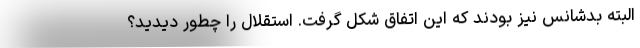
البته بدشانس نیز بودند که این اتفاق شکل گرفت. استقلال را چطور دیدید؟